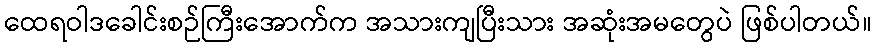
ထေရဝါဒခေါင်းစဉ်ကြီးအောက်က အသားကျပြီးသား အဆုံးအမတွေပဲ ဖြစ်ပါတယ်။